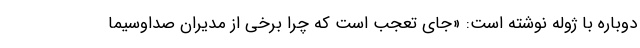
دوباره با ژوله نوشته است: «جای تعجب است که چرا برخی از مدیران صداوسیما